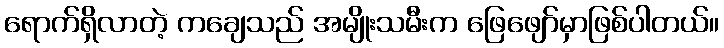
ရောက်ရှိလာတဲ့ ကချေသည် အမျိုးသမီးက ဖြေဖျော်မှာဖြစ်ပါတယ်။